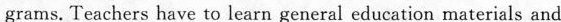
grams. Teachers have to learn general education materials and